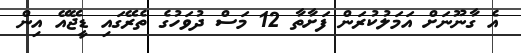
އެ ގާނޫނަށް އަމަލުކުރަން ފަށާތާ 12 މަސް ދުވަހުގެ ތެރޭގައި ޑީޖޭއޭ އިން